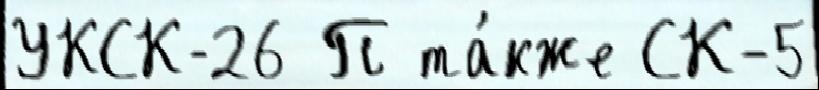
УКСК-26 П та́кже СК-5